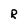
Character: R